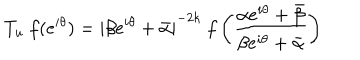
LaTeX: T _ { u } ~ f ( e ^ { i \theta } ) = { \mid \beta e ^ { i \theta } + \bar { \alpha } \mid } ^ { - 2 k } ~ f \left( \frac { \alpha e ^ { i \theta } + \bar { \beta } } { \beta e ^ { i \theta } + \bar { \alpha } } \right)